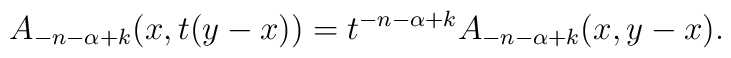
A_{-n-\alpha+k}(x,t(y-x))=t^{-n-\alpha+k}A_{-n-\alpha+k}(x,y-x).